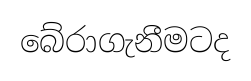
බේරාගැනීමටද